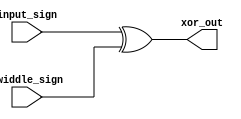
module XOR(
    input input_sign,
    input twiddle_sign,
    output xor_out
);

assign xor_out=input_sign ^ twiddle_sign;
endmodule